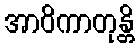
အာဝိကာတုန္တိ